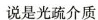
说是光疏介质